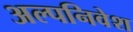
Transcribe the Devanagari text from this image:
अल्पनिवेश